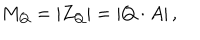
LaTeX: M _ { Q } = \left\vert Z _ { Q } \right\vert = \left\vert Q \cdot A \right\vert ,